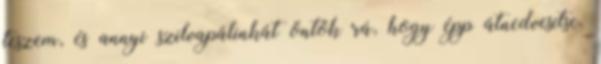
teszem, és annyi szilvapálinkát öntök rá, hogy épp átnedvesítse.